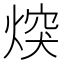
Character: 㷝